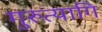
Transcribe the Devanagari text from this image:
गुरुत्यागि